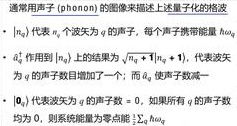
通常声子(phonon)的能谱类似描述上述量子子的格波
- $\{\omega_{n}\}$ 代表 $n_{s}$ 个波矢为 $\vec{q}$ 的声子，每个声子携带能量 $\hbar\omega_{n}$
- $\hat{a}_{n}^{\dagger}$ 作用到 $|n_{1}, \cdots, n_{s}, \cdots\rangle$ 结果为 $\sqrt{n_{s}+1}|n_{1}, \cdots, n_{s}+1, \cdots\rangle$，产生一个波矢
为 $\vec{q}$ 的第 $n$ 个声子的激发态；而 $\hat{a}_{n}|n_{1}, \cdots, n_{s}, \cdots\rangle$
- $\{N_{\vec{q}}\}$ 代表波矢为 $\vec{q}$ 的声子数 $=0$，如果所有 $\vec{q}$ 的声子数
为 0，则系统处于基态。